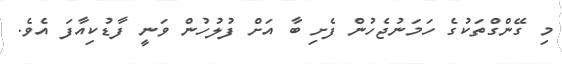
މި ގޭންގްތަކުގެ ހަމަނުޖެހުން ފެށި ބާ އަށް ފުލުހުން ވަނީ ފާޑުކިއާފަ އެވެ.